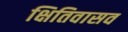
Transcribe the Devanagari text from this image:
क्षितिवासव